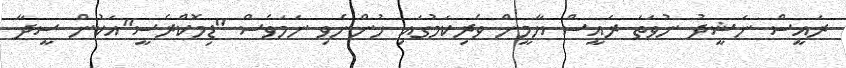
ރައީސް ނަޝީދު ނުވަތަ ރައީސް ޔާމީން ވެރިކަމުގައި ހުންނެވި ނަމަވެސް "ޑިމޮކްރެސީ"އަކުން ސީދާ